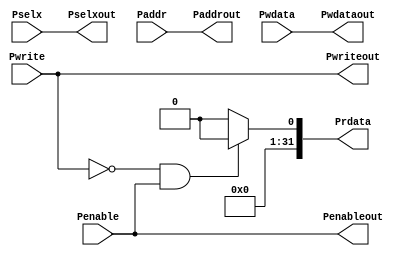
`timescale 1ns / 1ps
//////////////////////////////////////////////////////////////////////////////////
// 
// 
// Design Name: AHB2APB Bridge
// Module Name: APB_Slave
// 
//////////////////////////////////////////////////////////////////////////////////


module APB_Slave(Pwrite,Pselx,Penable,Paddr,Pwdata,Pwriteout,Pselxout,Penableout,Paddrout,Pwdataout,Prdata);

input Pwrite,Penable;
input [2:0] Pselx;
input [31:0] Pwdata,Paddr;
output Pwriteout,Penableout;
output [2:0] Pselxout;
output [31:0] Pwdataout,Paddrout;
output reg [31:0] Prdata;

assign Penableout=Penable;
assign Pselxout=Pselx;
assign Pwriteout=Pwrite;
assign Paddrout=Paddr;
assign Pwdataout=Pwdata;

always @(*)
 begin
  if (~Pwrite && Penable)
   Prdata=$random;
  else
   Prdata=32'h0000_0000;
 end

endmodule